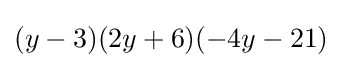
(y-3)(2y+6)(-4y-21)